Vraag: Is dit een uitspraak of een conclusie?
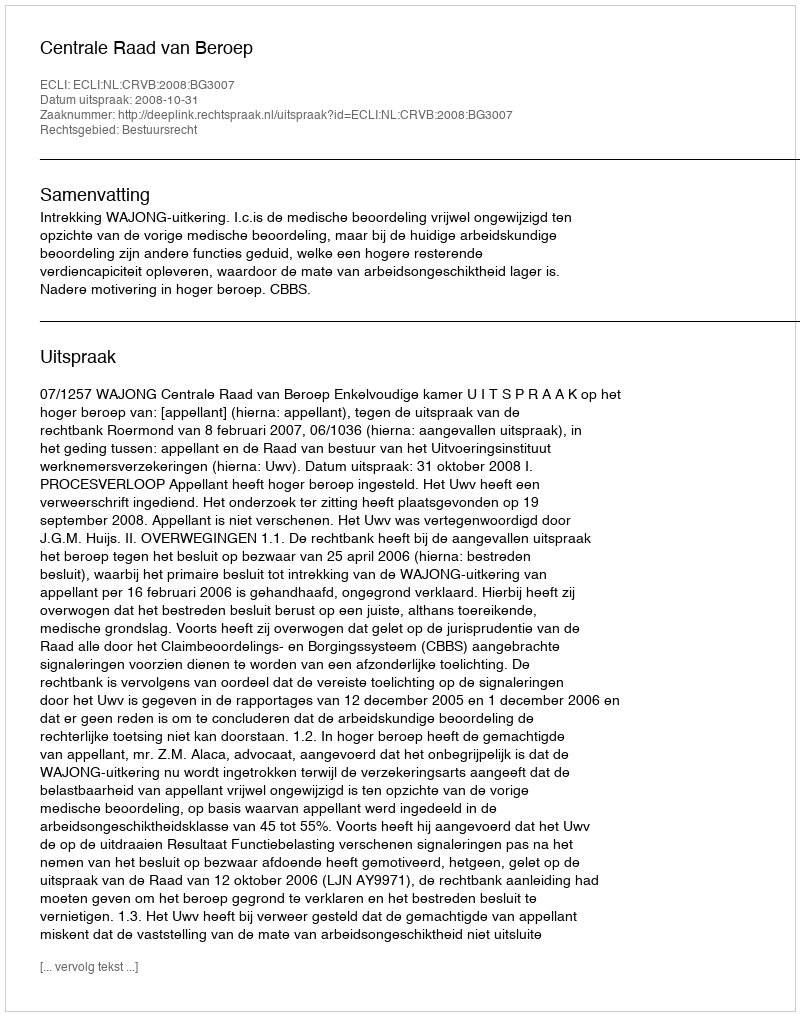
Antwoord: Uitspraak